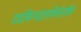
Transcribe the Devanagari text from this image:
डाइफिनाइलमिथेनॉल